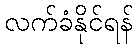
လက်ခံနိုင်ရန်